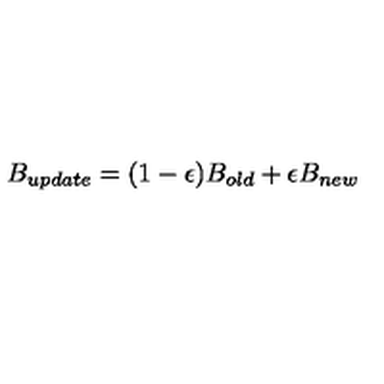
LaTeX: B _ { u p d a t e } = ( 1 - \epsilon ) B _ { o l d } + \epsilon B _ { n e w }